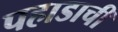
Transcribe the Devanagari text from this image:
पहाडाची